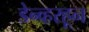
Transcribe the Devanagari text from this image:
डेन्व्हरहून